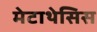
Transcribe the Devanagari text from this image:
मेटाथेसिस